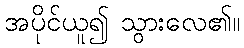
အပိုင်ယူ၍ သွားလေ၏။